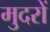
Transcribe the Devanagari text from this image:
मुदरों